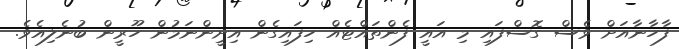
ފާހާނާއަށް ވެސް ގޮސްފައި މި އައީ ފެންތައްޓެއް ހިފައިގެން އިށީންނަމުން ހޫރީން ބުނެލިއެވެ.